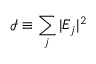
\mathcal { I } \equiv \sum _ { j } | E _ { j } | ^ { 2 }